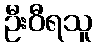
ဦးဝီရသူ